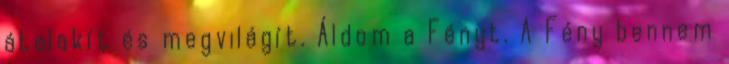
átalakít és megvilágít. Áldom a Fényt. A Fény bennem